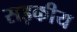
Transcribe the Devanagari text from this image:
सड़कीय